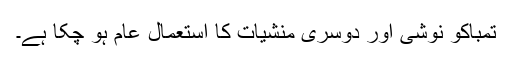
تمباکو نوشی اور دوسری منشیات کا استعمال عام ہو چکا ہے۔